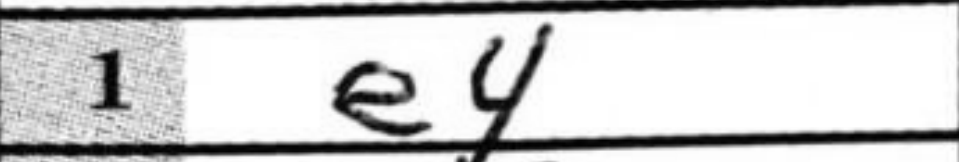
Transcription: e4